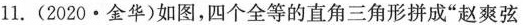
11.(2020·金华)如图，四个全等的直角三角形拼成”赵爽弦